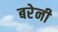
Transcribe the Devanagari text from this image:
बरेनी